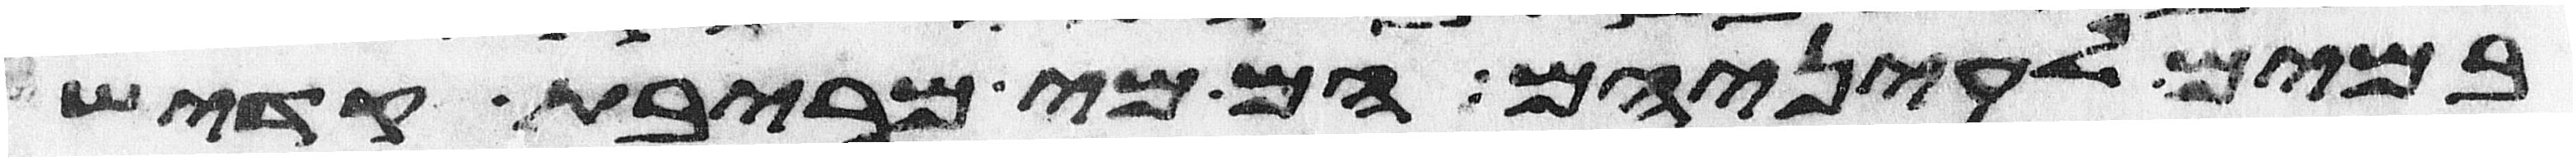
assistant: במים לעיניהם הם מי מריבת קדש